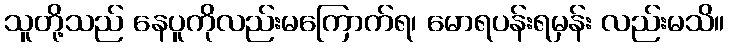
သူတို့သည် နေပူကိုလည်းမကြောက်ရ၊ မောရပန်းရမှန်း လည်းမသိ။